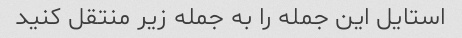
استایل این جمله را به جمله زیر منتقل کنید